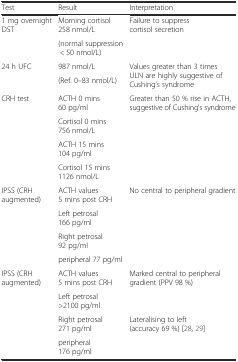
<table><thead><tr><td><b>Test</b></td><td><b>Result</b></td><td><b>Interpretation</b></td></tr></thead><tbody><tr><td rowspan="2">1 mg overnight DST</td><td>Morning cortisol 258 nmol/L</td><td rowspan="2">Failure to suppress cortisol secretion</td></tr><tr><td>(normal suppression&lt; 50 nmol/L)</td></tr><tr><td rowspan="2">24 h UFC</td><td>987 nmol/L</td><td rowspan="2">Values greater than 3 times ULN are highly suggestive of Cushing’s syndrome</td></tr><tr><td>(Ref. 0–83 nmol/L)</td></tr><tr><td rowspan="4">CRH test</td><td>ACTH 0 mins 60 pg/ml</td><td rowspan="4">Greater than 50 % rise in ACTH, suggestive of Cushing’s syndrome</td></tr><tr><td>Cortisol 0 mins 756 nmol/L</td></tr><tr><td>ACTH 15 mins 104 pg/ml</td></tr><tr><td>Cortisol 15 mins 1126 nmol/L</td></tr><tr><td rowspan="4">IPSS (CRH augmented)</td><td>ACTH values 5 mins post CRH</td><td rowspan="4">No central to peripheral gradient</td></tr><tr><td>Left petrosal 166 pg/ml</td></tr><tr><td>Right petrosal 92 pg/ml</td></tr><tr><td>peripheral 77 pg/ml</td></tr><tr><td rowspan="4">IPSS (CRH augmented)</td><td>ACTH values 5 mins post CRH</td><td rowspan="2">Marked central to peripheral gradient (PPV 98 %)</td></tr><tr><td>Left petrosal &gt;2100 pg/ml</td></tr><tr><td>Right petrosal 271 pg/ml</td><td rowspan="2">Lateralising to left (accuracy 69 %) [28, 29]</td></tr><tr><td>peripheral 176 pg/ml</td></tr></tbody></table>